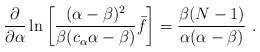
\begin{align*}\frac{\partial }{\partial \alpha }\ln \left[ \frac{(\alpha -\beta )^2}{\beta (c_\alpha \alpha -\beta )}\bar f\right] =\frac{\beta (N-1)}{\alpha (\alpha -\beta )}\ .\end{align*}